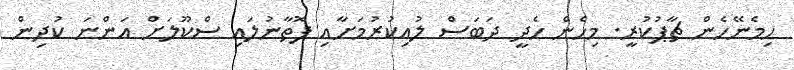
ހިމެނޭހެން ޗާޕުކުރީ. މިހެން ހެދީ ދަބަސް ލުއިކުރުމަށާއި ފޮތާނުލައި ސްކޫލަށް އަންނަ ކުދިން